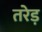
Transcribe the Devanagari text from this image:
तरेड़